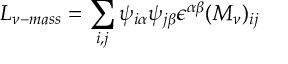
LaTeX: { \cal L } _ { \nu - m a s s } = \sum _ { i , j } \psi _ { i \alpha } \psi _ { j \beta } \epsilon ^ { \alpha \beta } ( M _ { \nu } ) _ { i j }